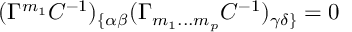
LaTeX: ( \Gamma ^ { { m } _ { { 1 } } } C ^ { - { 1 } } ) _ { \{ \alpha \beta } ( \Gamma _ { { m } _ { { 1 } } { \bf . . . } { m } _ { { p } } } C ^ { - { 1 } } ) _ { \gamma \delta \} } = 0